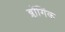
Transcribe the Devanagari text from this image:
ब्लॉगिंक